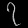
Digit: ၇